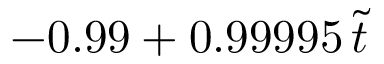
- 0 . 9 9 + 0 . 9 9 9 9 5 \, \tilde { t }